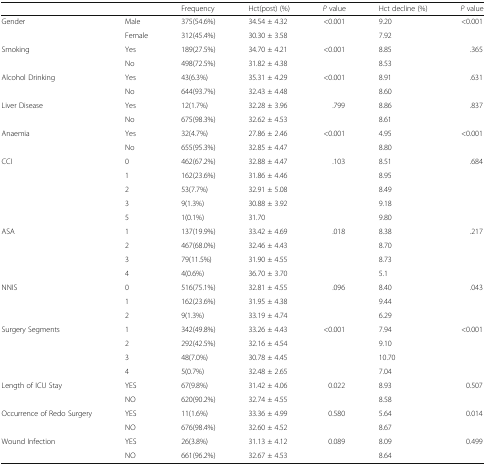
<table><thead><tr><td></td><td></td><td><b>Frequency</b></td><td><b>Hct(post) (%)</b></td><td><b><i>P</i> value</b></td><td><b>Hct decline (%)</b></td><td><b><i>P</i> value</b></td></tr></thead><tbody><tr><td rowspan="2">Gender</td><td>Male</td><td>375(54.6%)</td><td>34.54 ± 4.32</td><td rowspan="2">&lt;0.001</td><td>9.20</td><td rowspan="2">&lt;0.001</td></tr><tr><td>Female</td><td>312(45.4%)</td><td>30.30 ± 3.58</td><td>7.92</td></tr><tr><td rowspan="2">Smoking</td><td>Yes</td><td>189(27.5%)</td><td>34.70 ± 4.21</td><td rowspan="2">&lt;0.001</td><td>8.85</td><td rowspan="2">.365</td></tr><tr><td>No</td><td>498(72.5%)</td><td>31.82 ± 4.38</td><td>8.53</td></tr><tr><td rowspan="2">Alcohol Drinking</td><td>Yes</td><td>43(6.3%)</td><td>35.31 ± 4.29</td><td rowspan="2">&lt;0.001</td><td>8.91</td><td rowspan="2">.631</td></tr><tr><td>No</td><td>644(93.7%)</td><td>32.43 ± 4.48</td><td>8.60</td></tr><tr><td rowspan="2">Liver Disease</td><td>Yes</td><td>12(1.7%)</td><td>32.28 ± 3.96</td><td rowspan="2">.799</td><td>8.86</td><td rowspan="2">.837</td></tr><tr><td>No</td><td>675(98.3%)</td><td>32.62 ± 4.53</td><td>8.61</td></tr><tr><td rowspan="2">Anaemia</td><td>Yes</td><td>32(4.7%)</td><td>27.86 ± 2.46</td><td rowspan="2">&lt;0.001</td><td>4.95</td><td rowspan="2">&lt;0.001</td></tr><tr><td>No</td><td>655(95.3%)</td><td>32.85 ± 4.47</td><td>8.80</td></tr><tr><td rowspan="5">CCI</td><td>0</td><td>462(67.2%)</td><td>32.88 ± 4.47</td><td rowspan="5">.103</td><td>8.51</td><td rowspan="5">.684</td></tr><tr><td>1</td><td>162(23.6%)</td><td>31.86 ± 4.46</td><td>8.95</td></tr><tr><td>2</td><td>53(7.7%)</td><td>32.91 ± 5.08</td><td>8.49</td></tr><tr><td>3</td><td>9(1.3%)</td><td>30.88 ± 3.92</td><td>9.18</td></tr><tr><td>5</td><td>1(0.1%)</td><td>31.70</td><td>9.80</td></tr><tr><td rowspan="4">ASA</td><td>1</td><td>137(19.9%)</td><td>33.42 ± 4.69</td><td rowspan="4">.018</td><td>8.38</td><td rowspan="4">.217</td></tr><tr><td>2</td><td>467(68.0%)</td><td>32.46 ± 4.43</td><td>8.70</td></tr><tr><td>3</td><td>79(11.5%)</td><td>31.90 ± 4.55</td><td>8.73</td></tr><tr><td>4</td><td>4(0.6%)</td><td>36.70 ± 3.70</td><td>5.1</td></tr><tr><td rowspan="3">NNIS</td><td>0</td><td>516(75.1%)</td><td>32.81 ± 4.55</td><td rowspan="3">.096</td><td>8.40</td><td rowspan="3">.043</td></tr><tr><td>1</td><td>162(23.6%)</td><td>31.95 ± 4.38</td><td>9.44</td></tr><tr><td>2</td><td>9(1.3%)</td><td>33.19 ± 4.74</td><td>6.29</td></tr><tr><td rowspan="4">Surgery Segments</td><td>1</td><td>342(49.8%)</td><td>33.26 ± 4.43</td><td rowspan="4">&lt;0.001</td><td>7.94</td><td rowspan="4">&lt;0.001</td></tr><tr><td>2</td><td>292(42.5%)</td><td>32.16 ± 4.54</td><td>9.10</td></tr><tr><td>3</td><td>48(7.0%)</td><td>30.78 ± 4.45</td><td>10.70</td></tr><tr><td>4</td><td>5(0.7%)</td><td>32.48 ± 2.65</td><td>7.04</td></tr><tr><td rowspan="2">Length of ICU Stay</td><td>YES</td><td>67(9.8%)</td><td>31.42 ± 4.06</td><td rowspan="2">0.022</td><td>8.93</td><td rowspan="2">0.507</td></tr><tr><td>NO</td><td>620(90.2%)</td><td>32.74 ± 4.55</td><td>8.58</td></tr><tr><td rowspan="2">Occurrence of Redo Surgery</td><td>YES</td><td>11(1.6%)</td><td>33.36 ± 4.99</td><td rowspan="2">0.580</td><td>5.64</td><td rowspan="2">0.014</td></tr><tr><td>NO</td><td>676(98.4%)</td><td>32.60 ± 4.52</td><td>8.67</td></tr><tr><td rowspan="2">Wound Infection</td><td>YES</td><td>26(3.8%)</td><td>31.13 ± 4.12</td><td rowspan="2">0.089</td><td>8.09</td><td rowspan="2">0.499</td></tr><tr><td>NO</td><td>661(96.2%)</td><td>32.67 ± 4.53</td><td>8.64</td></tr></tbody></table>